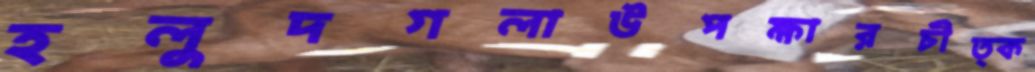
হলুদগলাউপক্ষারচীত্ক